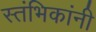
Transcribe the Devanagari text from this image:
स्तंभिकांनी